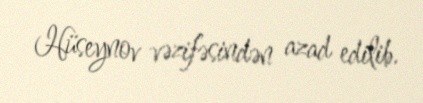
Hüseynov vəzifəsindən azad edilib.